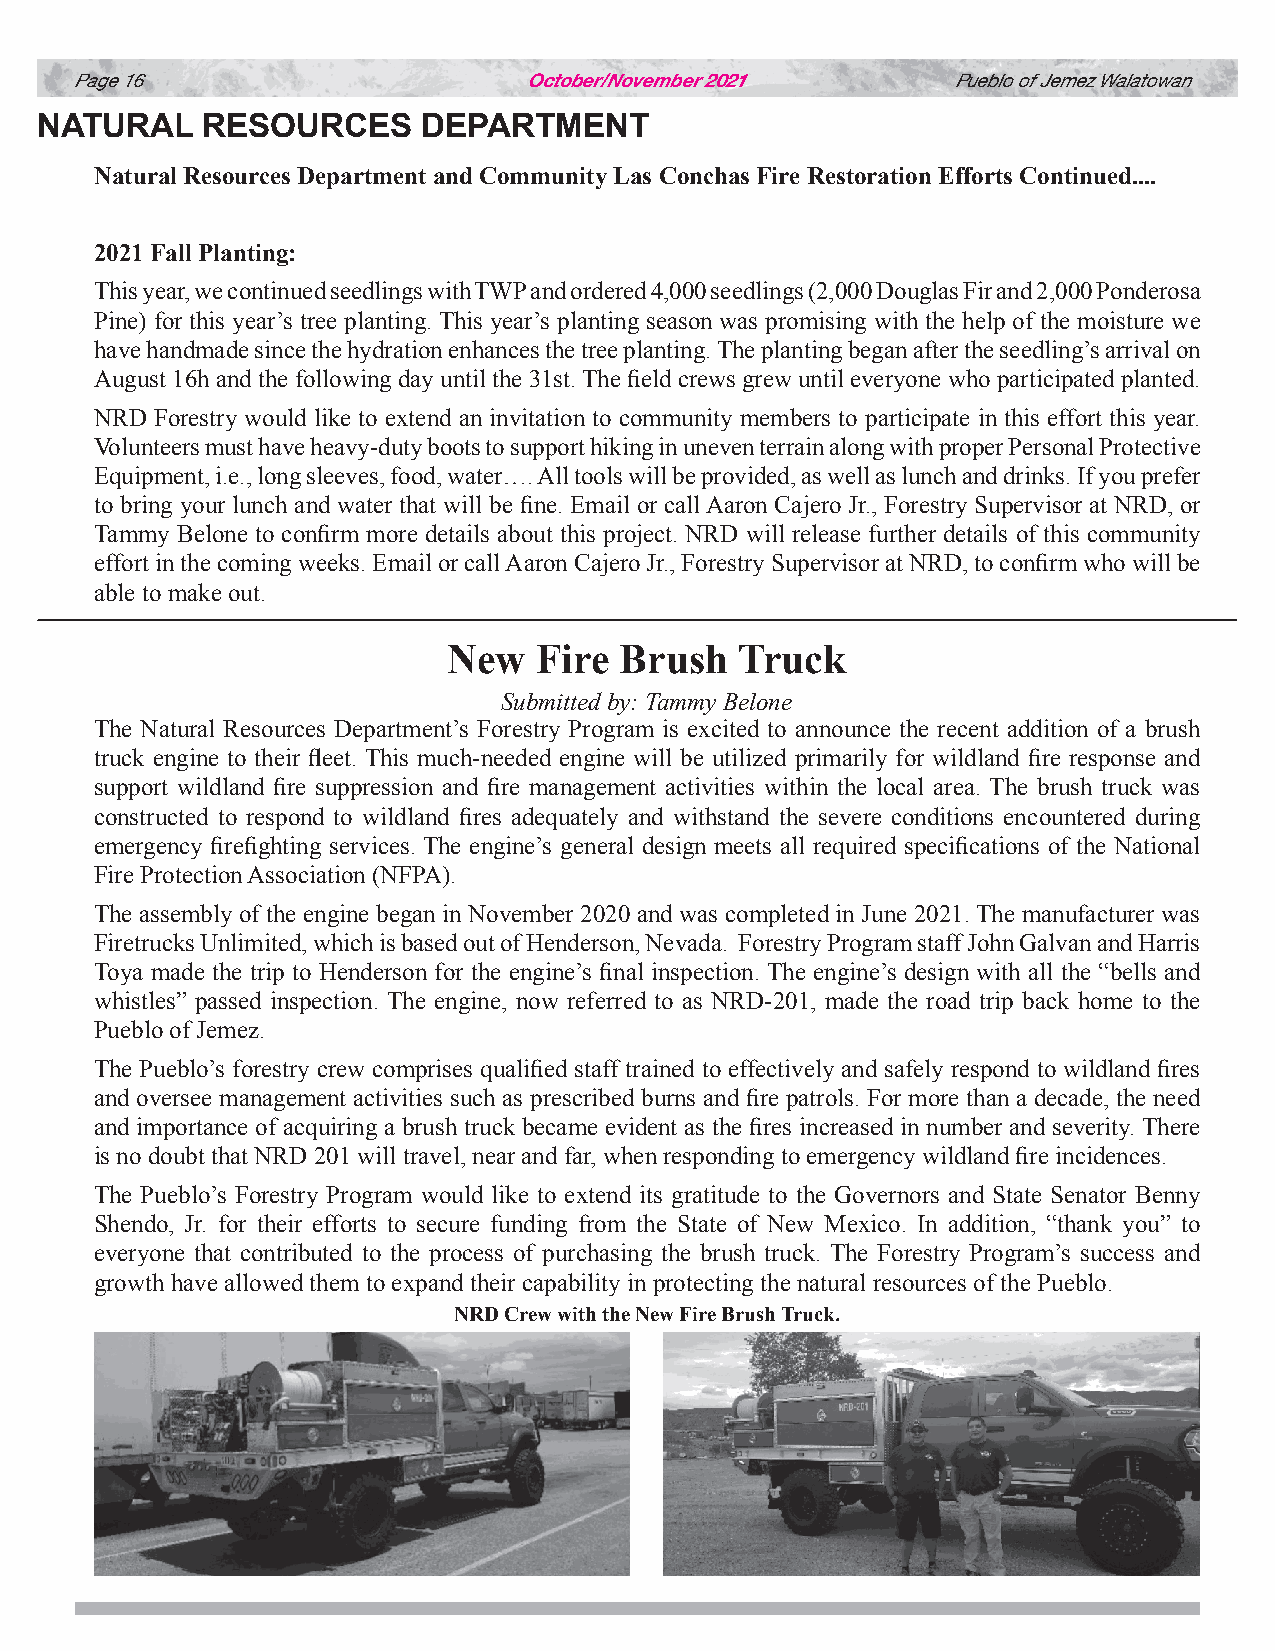
Page 16                       October/November 2021       Pueblo of Jemez Walatowan
 NATURAL    RESOURCES      DEPARTMENT
 Natural Resources Department and Community Las Conchas Fire Restoration Efforts Continued....
 2021 Fall Planting:
 This year, we continued seedlings with TWP and ordered 4,000 seedlings (2,000 Douglas Fir and 2,000 Ponderosa
 Pine) for this year’s tree planting. This year’s planting season was promising with the help of the moisture we
 have handmade since the hydration enhances the tree planting. The planting began after the seedling’s arrival on
 August 16h and the following day until the 31st. The field crews grew until everyone who participated planted.
 NRD Forestry would like to extend an invitation to community members to participate in this effort this year.
 Volunteers must have heavy-duty boots to support hiking in uneven terrain along with proper Personal Protective
 Equipment, i.e., long sleeves, food, water…. All tools will be provided, as well as lunch and drinks. If you prefer
 to bring your lunch and water that will be fine. Email or call Aaron Cajero Jr., Forestry Supervisor at NRD, or
 Tammy Belone to confirm more details about this project. NRD will release further details of this community
 effort in the coming weeks. Email or call Aaron Cajero Jr., Forestry Supervisor at NRD, to confirm who will be
 able to make out.
 New  Fire  Brush   Truck
 Submitted by: Tammy Belone
 The Natural Resources Department’s Forestry Program is excited to announce the recent addition of a brush
 truck engine to their fleet. This much-needed engine will be utilized primarily for wildland fire response and
 support wildland fire suppression and fire management activities within the local area. The brush truck was
 constructed to respond to wildland fires adequately and withstand the severe conditions encountered during
 emergency firefighting services. The engine’s general design meets all required specifications of the National
 Fire Protection Association (NFPA).
 The assembly of the engine began in November 2020 and was completed in June 2021. The manufacturer was
 Firetrucks Unlimited, which is based out of Henderson, Nevada. Forestry Program staff John Galvan and Harris
 Toya made the trip to Henderson for the engine’s final inspection. The engine’s design with all the “bells and
 whistles” passed inspection. The engine, now referred to as NRD-201, made the road trip back home to the
 Pueblo of Jemez.
 The Pueblo’s forestry crew comprises qualified staff trained to effectively and safely respond to wildland fires
 and oversee management activities such as prescribed burns and fire patrols. For more than a decade, the need
 and importance of acquiring a brush truck became evident as the fires increased in number and severity. There
 is no doubt that NRD 201 will travel, near and far, when responding to emergency wildland fire incidences.
 The Pueblo’s Forestry Program would like to extend its gratitude to the Governors and State Senator Benny
 Shendo, Jr. for their efforts to secure funding from the State of New Mexico. In addition, “thank you” to
 everyone that contributed to the process of purchasing the brush truck. The Forestry Program’s success and
 growth have allowed them to expand their capability in protecting the natural resources of the Pueblo.
 NRD Crew with the New Fire Brush Truck.